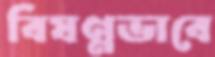
বিষণ্নভাবে